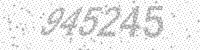
Solution: 945245